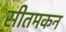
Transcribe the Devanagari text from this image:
सीतमकन